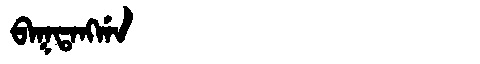
Manchu: ᠪᠠᡴᡨᠠᠩᡤᠠ
Romanization: BAKTANGGA